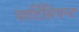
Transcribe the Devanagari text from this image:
पार्टिसिपन्ट